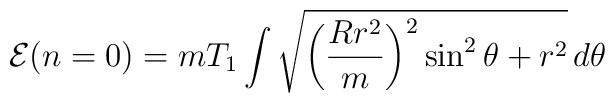
{\cal E}(n=0)=mT_1\int \sqrt{\bigg(\frac{Rr^2}{m}\bigg)^2\sin^2\theta +r^2}\,d\theta